Leaving Certificate Examination, 1922
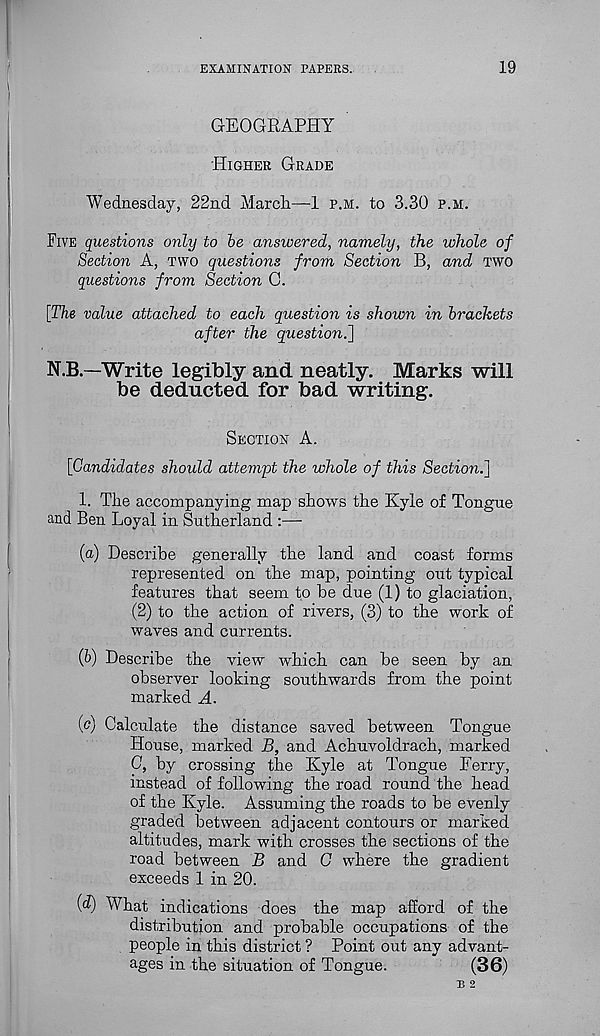
EXAMINATION PAPERS.
19
GEOGRAPHY
HIGHER GRADE
Wednesday, 22nd Maroh—1 P.M. to 3.30 P.M.
FIVE questions only to he answered, namely, the whole of
Section A, TWO questions from Section B, and TWO
questions from Section C.
[The value attached to each question is shown in brackets
after the question.']
N.B—Write legibly and neatly. Marks will
be deducted for bad writing.
SECTION A.
[Candidates should attempt the whole of this Section.]
1. The accompanying map shows the Kyle of Tongue
and Ben Loyal in Sutherland :—
(a) Describe generally the land and coast forms
represented on the map, pointing out typical
features that seem to be due (1) to glaciation,
(2) to the action of rivers, (3) to the work of
waves and currents.
{b) Describe the view which can be seen by an
observer looking southwards from the point
marked A.
(<?) Calculate the distance saved between Tongue
House, marked B, and Achuvoldrach, marked
C, by crossing the Kyle at Tongue Ferry,
instead of following the road round the head
of the Kyle. Assuming the roads to be evenly
graded between adjacent contours or marked
altitudes, mark with crosses the sections of the
road between B and C where the gradient
exceeds 1 in 20.
(d) What indications does the map afford of the
distribution and probable occupations of the
people in this district ? Point out any advant-
ages in the situation of Tongue.
(36)